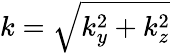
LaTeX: k=\sqrt{k_{y}^{2}+k_{z}^{2}}